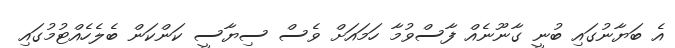
އެ ބަޔާނުގައި ބުނީ ގާނޫނެއް ފާސްވުމާ ހަމައަށް ވެސް ސިޔާސީ ކަންކަން ބެލެހެއްޓުމުގައި